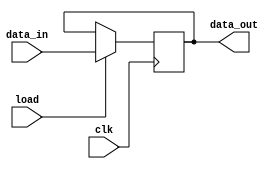
module register(
    input wire clk,
    input wire [7:0] data_in,
    input wire load,
    output reg [7:0] data_out
);

    always @(posedge clk) begin
        if (load) begin
            data_out <= data_in;
        end
    end

endmodule